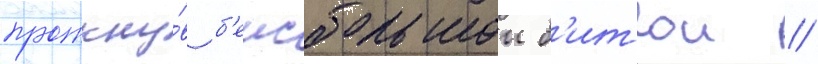
проткну́в б'еисбольнои б'итои //